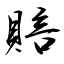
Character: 賠